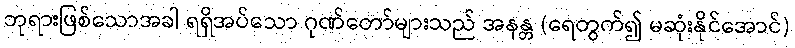
ဘုရားဖြစ်သောအခါ ရရှိအပ်သော ဂုဏ်တော်များသည် အနန္တ (ရေတွက်၍ မဆုံးနိုင်အောင်)